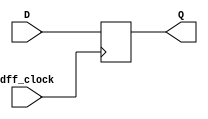
`timescale 1ns / 1ps
//////////////////////////////////////////////////////////////////////////////////
// Company: 
// Engineer: 
// 
// Design Name: 
// Module Name: dff
// Project Name: 
// Target Devices: 
// Tool Versions: 
// Description: 
// 
// Dependencies: 
// 
// Revision:
// Revision 0.01 - File Created
// Additional Comments:
// 
//////////////////////////////////////////////////////////////////////////////////


module dff(
    input dff_clock,
    input D,
    output reg Q = 0
    );
    always @ (posedge dff_clock) begin
        Q <= D;
    end
endmodule